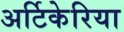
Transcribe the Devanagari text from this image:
अर्टिकेरिया